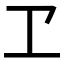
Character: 𠀄